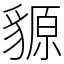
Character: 䝠